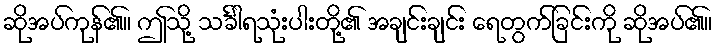
ဆိုအပ်ကုန်၏။ ဤသို့ သင်္ခါရသုံးပါးတို့၏ အချင်းချင်း ရေတွက်ခြင်းကို ဆိုအပ်၏။